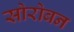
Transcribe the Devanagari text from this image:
सोरोबन